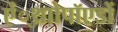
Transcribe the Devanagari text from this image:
ऐं्थ्राोपॉएडों